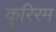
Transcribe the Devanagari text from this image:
कुरिरम